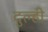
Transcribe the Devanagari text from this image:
दुल्ही